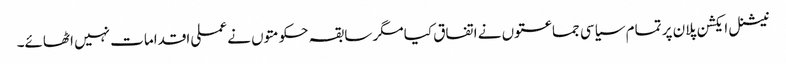
نیشنل ایکشن پلان پر تمام سیاسی جماعتوں نے اتفاق کیا مگر سابقہ حکومتوں نے عملی اقدامات نہیں اٹھائے۔